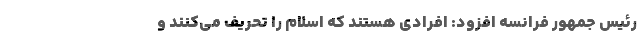
رئیس جمهور فرانسه افزود: افرادی هستند كه اسلام را تحریف می‌كنند و